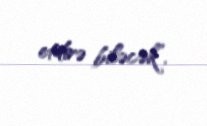
etdirə biləcək”.